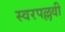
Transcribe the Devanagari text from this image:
स्वरपल्लवी